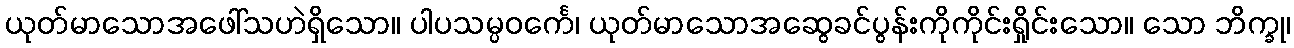
ယုတ်မာသောအဖေါ်သဟဲရှိသော။ ပါပသမ္ပဝင်္ကေ၊ ယုတ်မာသောအဆွေခင်ပွန်းကိုကိုင်းရှိုင်းသော။ သော ဘိက္ခု၊